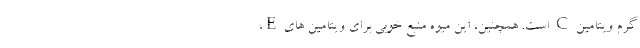
گرم ویتامین C است. همچنین، این میوه منبع خوبی برای ویتامین های E،